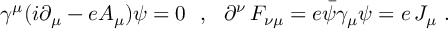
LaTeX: \gamma ^ { \mu } ( i \partial _ { \mu } - e A _ { \mu } ) \psi = 0 \ \ , \ \ \partial ^ { \nu } \, F _ { \nu \mu } = e \bar { \psi } \gamma _ { \mu } \psi = e \, J _ { \mu } \ .